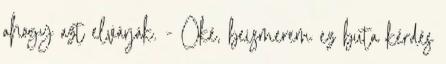
ahogy azt elvárják. - Oké, beismerem ez buta kérdés